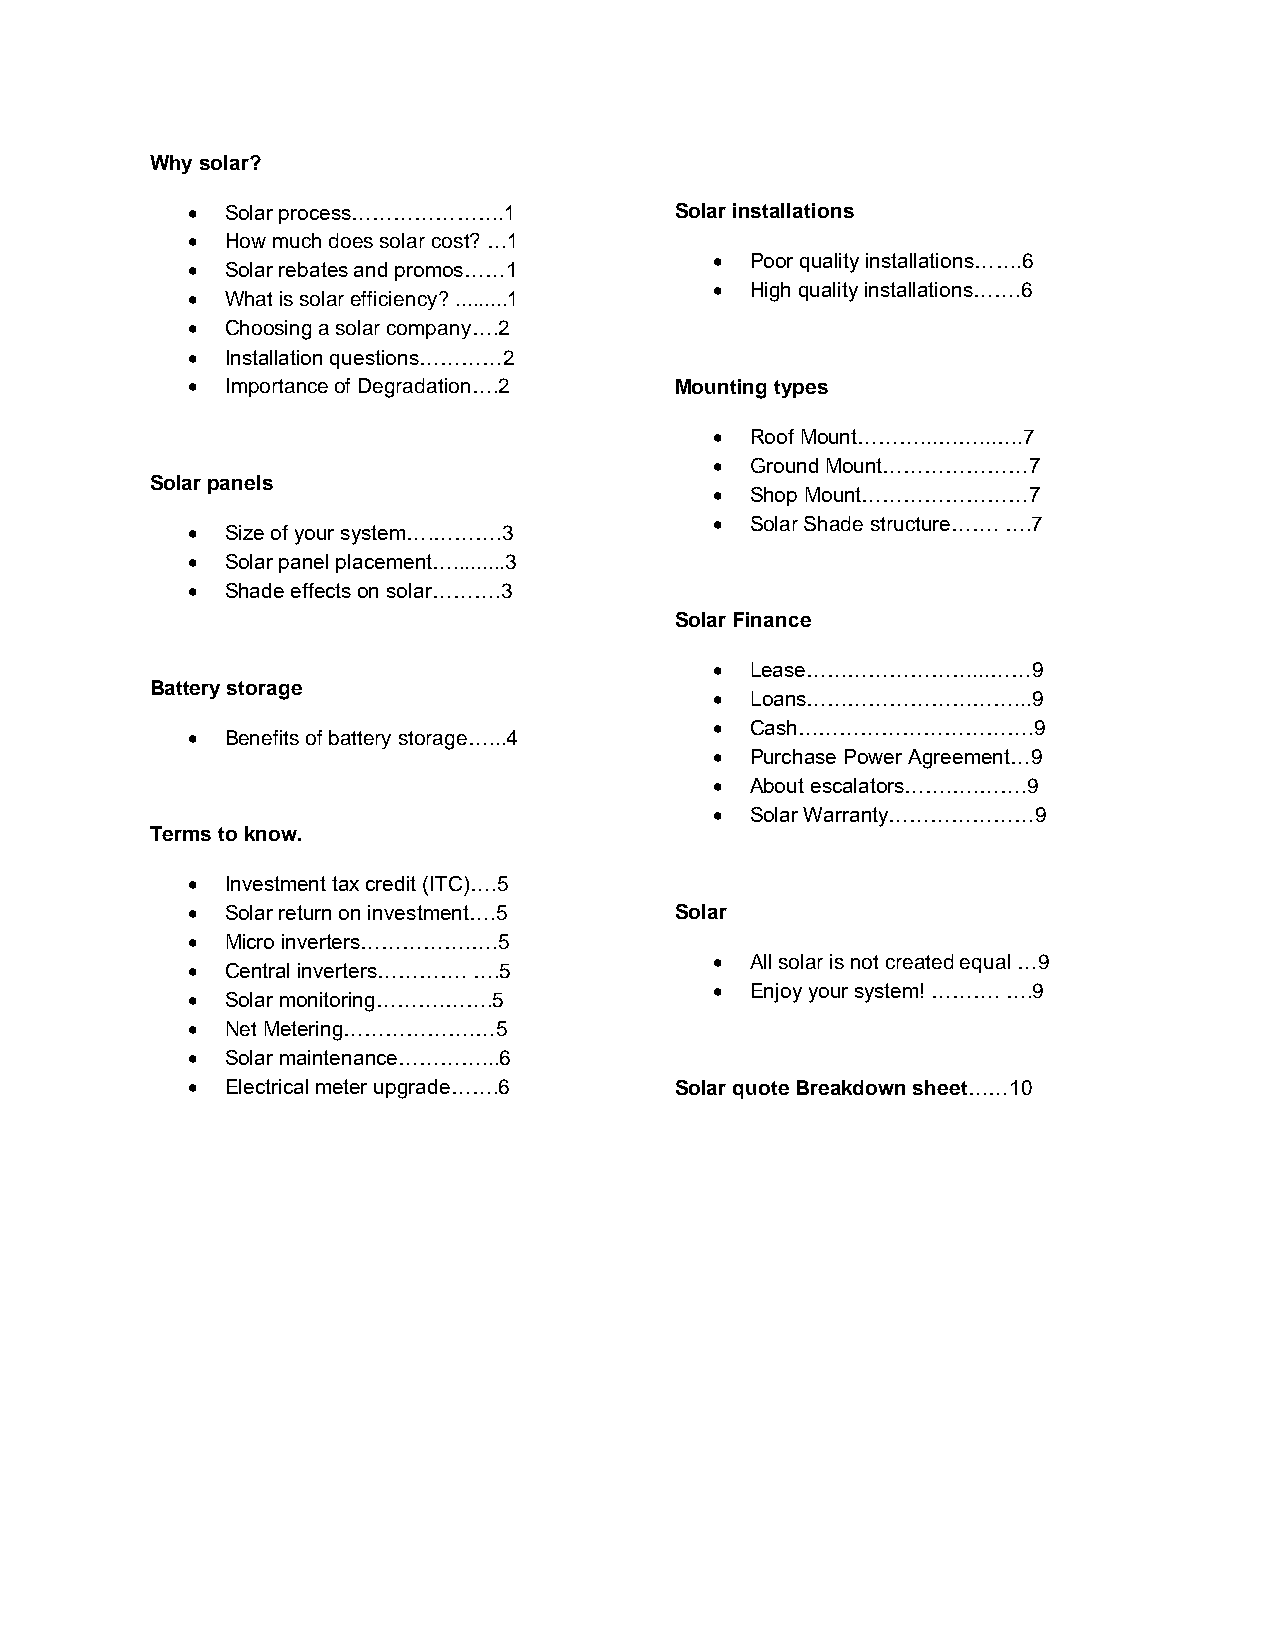
Why solar?
 •  Solar process………………….1        Solar installations
 •  How much does solar cost? …1
 •  Poor quality installations…….6
 •  Solar rebates and promos……1
 •  High quality installations…….6
 •  What is solar efficiency? .........1
 •  Choosing a solar company….2
 •  Installation questions…………2
 •  Importance of Degradation….2  Mounting types
 •  Roof Mount………...……...….7
 •  Ground Mount…………………7
 Solar panels
 •  Shop Mount……………………7
 •  Solar Shade structure……. ….7
 •  Size of your system….……….3
 •  Solar panel placement….........3
 •  Shade effects on solar……….3
 Solar Finance
 •  Lease……………………...……9
 Battery storage
 •  Loans…………………………...9
 •  Cash…………………………….9
 •  Benefits of battery storage…...4
 •  Purchase Power Agreement…9
 •  About escalators…….….…….9
 •  Solar Warranty…………………9
 Terms to know.
 •  Investment tax credit (ITC)….5
 •  Solar return on investment….5 Solar
 •  Micro inverters…………….….5
 •  All solar is not created equal …9
 •  Central inverters…………. ….5
 •  Enjoy your system! ………. ….9
 •  Solar monitoring……….…….5
 •  Net Metering……………….…5
 •  Solar maintenance…………...6
 •  Electrical meter upgrade…….6  Solar quote Breakdown sheet……10